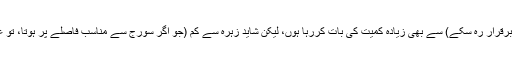
میں مریخ (جس کا مہین کرۂ فضائی ہے، تاہم یہ اس قدر نہیں کہ مائع پانی برقرار رہ سکے) سے بھی زیادہ کمیت کی بات کررہا ہوں، لیکن شاید زہرہ سے کم (جو اگر سورج سے مناسب فاصلے پر ہوتا، تو غالباً اس کی دبیز کرۂ فضائی ہوتی تاکہ پانی کو مائع حالت میں رکھ سکے)۔